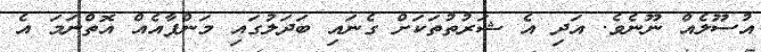
އުސޫލެއް ނޫނެވެ. އަދި އެ ޝަރުތުތަކަށް ގެނައި ބަދަލުގައި މަންފާއެއް އޮތްނަމަ އެ